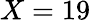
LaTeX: X=19